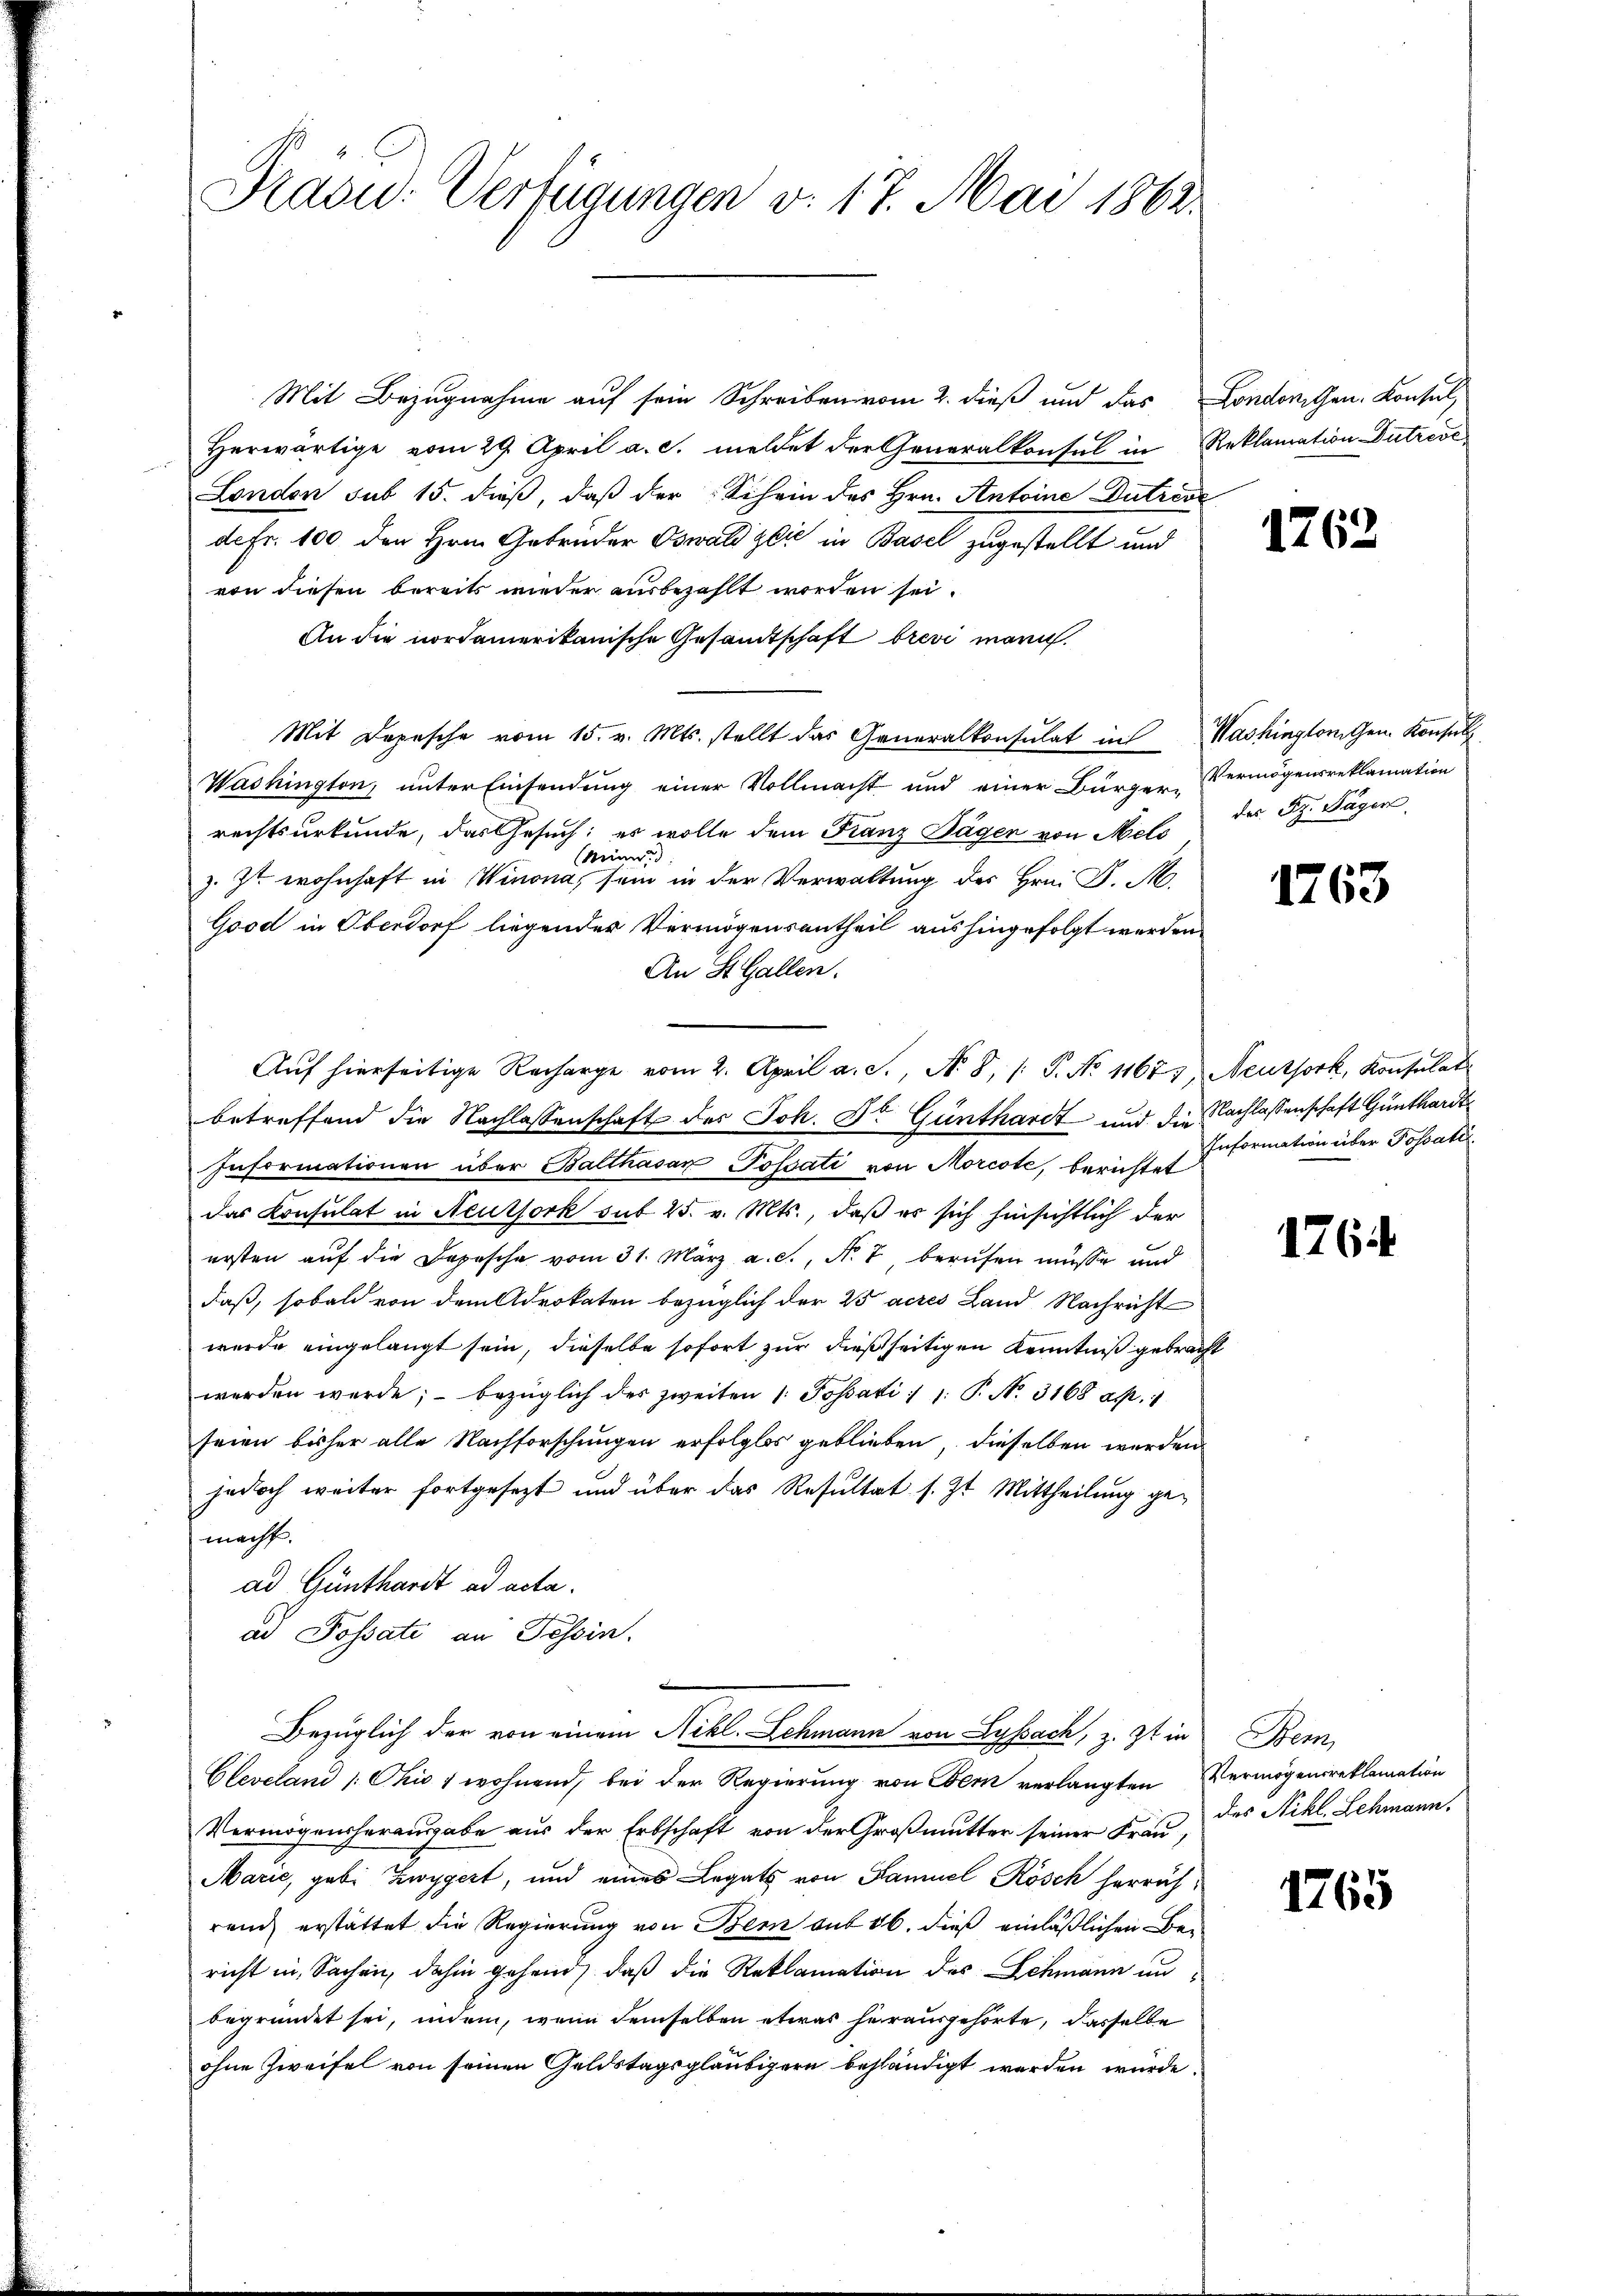
Präsid.- Verfügungen v. 17. Mai 1862.

Mit Bezugnahme auf sein Schreiben vom 2. dieß und das Londorichen Konsul
Herwärtige vom 29. April a. c. meldet der Generalkonsul in Reklamation Dutrove
London sub 15. dieß, daß der Schein des Hrn. Antoine Dutreve
de Fr. 100 den Hrn. Gebrüder Oswald zlić in Basel zugestellt und
von diesen bereits wieder ausbezahlt worden sei.
An die nordamerikanische Gesandtschaft brevi mari.
Mit Depesche vom 15. v. Mts. stellt das Generalkonsulat in Washinglichen Konsul
Washington, unter Einsendung einer Vollmacht und einer Bürger-
rechtsurkunde, das Gesuch; es wolle dem Franz Tägen von Melo
Min..
z. Zt. wohnhaft in Winona, sein in der Verwaltung des Hrn. F. S.
Good in Oberdorf liegender Vermögensantheil aushingefolgt werden
An St. Gallen.
Auf hierseitige Recharge vom 2. April a. S., N. 8, /: P. No 1167, Neussork, Konsulat
betreffend die Nachlassenschaft des Joh. Dr. Günthardt und die Nachlassenschaft Günthardt
Informationen über Balthasar Possati von Morcote, berichtet
das Konsulat in Neuthork sub 25. v. Mts., daß es sich hinsichtlich der
ersten auf die Depesche vom 31. März a. c., N. 8 berufen müsse und
daß, sobald von dem Advokaten bezüglich der 25 acres Land Nachricht
wurde eingelangt sein, dieselbe sofort zur dießseitigen Kenntniß gebracht
werden werde; - bezüglich des zweiten 1. Possati: 1. P. Nr. 3168 ap. 1
seien bisher alle Nachforschungen erfolglos geblieben, dieselben werden
jedoch weiter fortgesezt und über das Resultat s. Zt. Mittheilung gemacht.
ad Günthardt ad acta.
ad Possati an Tessin.
Bezüglich der von einem Nikl. Schmann von Lyssach, z. Zt. in
Cleveland /: Ohio, wohnend, bei der Regierung von Obern verlangten Vermögensreklamation
Vermögensherausgabe aus der Erbschaft von der Großmutter seiner Frau,
Marie, geb. Zwygert, und eines Legats von Samuel Kösch herrührend erstattet die Regierung von Bern auf 16. dieß einläßlichen Bericht in Sachen, dahin gehend, daß die Reklamation des Schmann un
begründet sei, indem, wenn demselben etwas herausgehörte, dasselbe
ohne Zweifel von seinen Geldstagsgläubigern beständigt werden würde.

1762

Vermögensreklamation
des Sz. Täger

1763

Information über Possati

1764

Stem
des Nikl. Lehmann.

1765